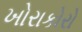
ખોરાકોરો